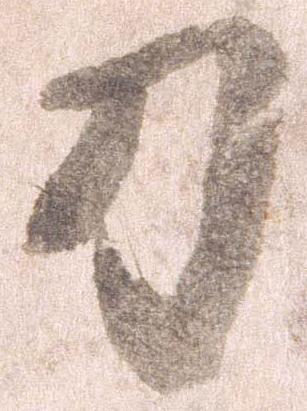
刀